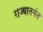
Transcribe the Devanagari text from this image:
राज्यातर्गत